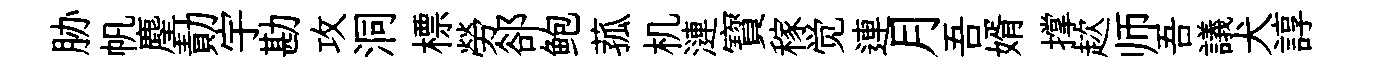
胁帆麈勣宇勘攻洞標勞郤鲍菰机漣寳稼觉連月吾婿撑趑师吾議犬諄